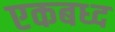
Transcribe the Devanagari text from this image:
एकबध्द